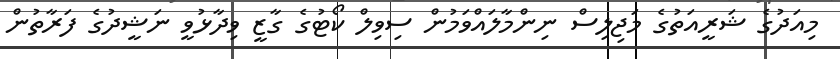
މިއަދުގެ ޝަރީއަތުގެ މަޖިލިސް ނިންމާލައްވަމުން ސިވިލް ކޯޓުގެ ގާޒީ ވިދާޅުވީ ނަޝީދުގެ ފަރާތުން